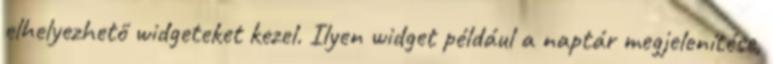
elhelyezhető widgeteket kezel. Ilyen widget például a naptár megjelenítése,